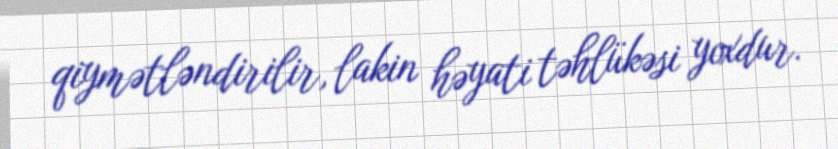
qiymətləndirilir, lakin həyati təhlükəsi yoxdur.